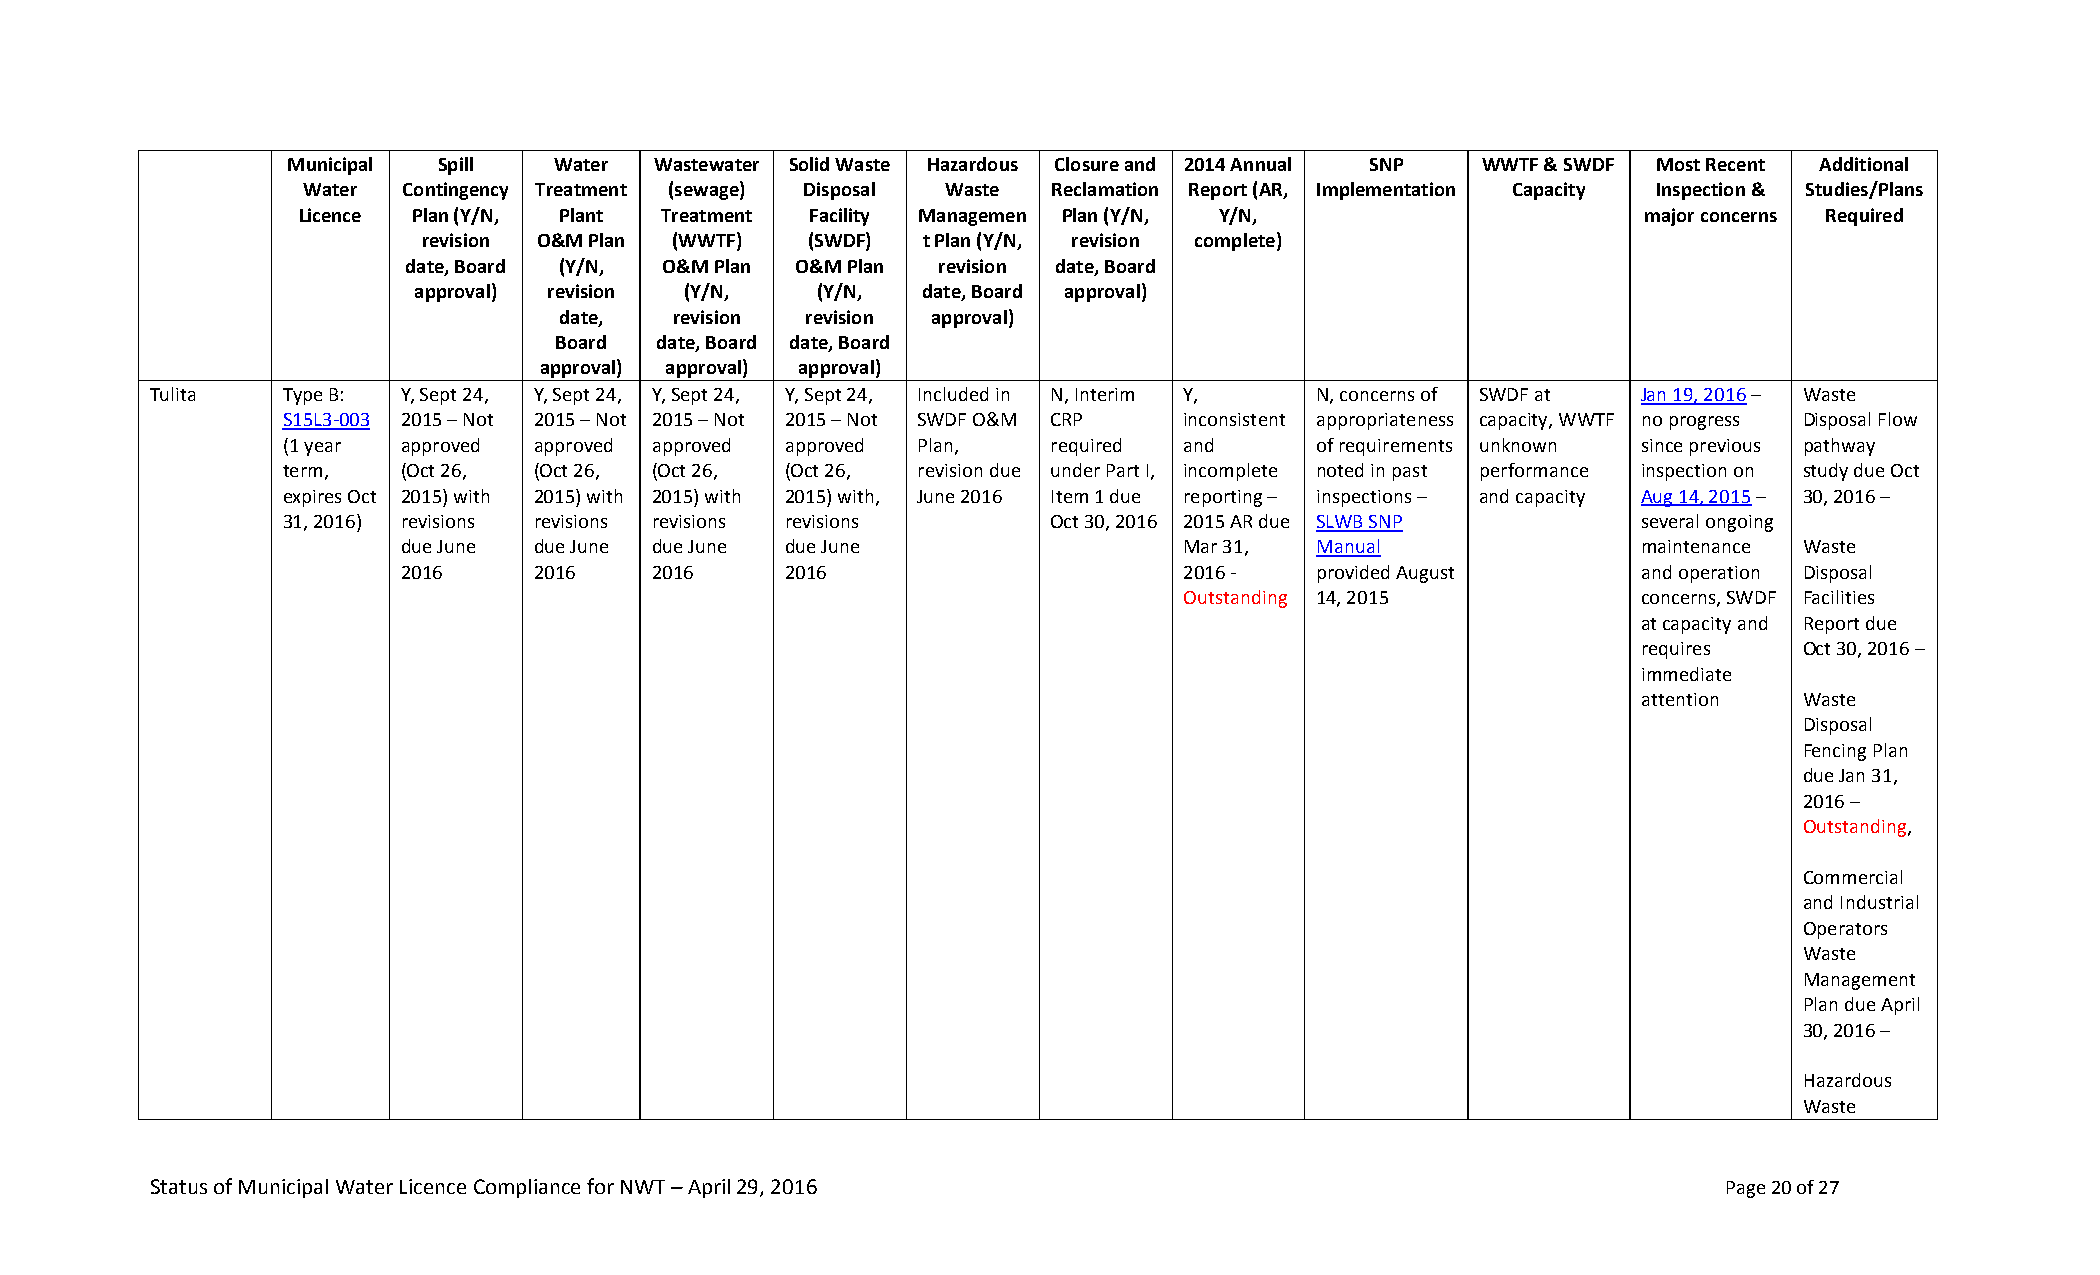
Municipal Spill   Water Wastewater Solid Waste Hazardous Closure and 2014 Annual SNP WWTF & SWDF Most Recent Additional
 Water  Contingency Treatment (sewage) Disposal Waste Reclamation Report (AR, Implementation Capacity Inspection & Studies/Plans
 Licence Plan (Y/N, Plant Treatment Facility Managemen Plan (Y/N, Y/N,                    major concerns Required
 revision O&M Plan (WWTF) (SWDF)  t Plan (Y/N, revision complete)
 date, Board (Y/N, O&M Plan O&M Plan revision date, Board
 approval) revision (Y/N,   (Y/N,  date, Board approval)
 date,   revision revision approval)
 Board date, Board date, Board
 approval) approval) approval)
 Tulita   Type B: Y, Sept 24, Y, Sept 24, Y, Sept 24, Y, Sept 24, Included in N, Interim Y, N, concerns of SWDF at Jan 19, 2016 – Waste
 S15L3-003 2015 – Not 2015 – Not 2015 – Not 2015 – Not SWDF O&M CRP inconsistent appropriateness capacity, WWTF no progress Disposal Flow
 (1 year approved approved approved approved Plan,  required and     of requirements unknown since previous pathway
 term,   (Oct 26, (Oct 26, (Oct 26, (Oct 26, revision due under Part I, incomplete noted in past performance inspection on study due Oct
 expires Oct 2015) with 2015) with 2015) with 2015) with, June 2016 Item 1 due reporting – inspections – and capacity Aug 14, 2015 – 30, 2016 –
 31, 2016) revisions revisions revisions revisions  Oct 30, 2016 2015 AR due SLWB SNP      several ongoing
 due June due June due June due June                Mar 31,  Manual                maintenance Waste
 2016    2016    2016     2016                      2016 -   provided August       and operation Disposal
 Outstanding 14, 2015           concerns, SWDF Facilities
 at capacity and Report due
 requires  Oct 30, 2016 –
 immediate
 attention Waste
 Disposal
 Fencing Plan
 due Jan 31,
 2016 –
 Outstanding,
 Commercial
 and Industrial
 Operators
 Waste
 Management
 Plan due April
 30, 2016 –
 Hazardous
 Waste
 Status of Municipal Water Licence Compliance for NWT – April 29, 2016                                   Page 20 of 27